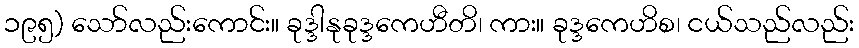
၁၉၅) သော်လည်းကောင်း။ ခုဒ္ဒါနုခုဒ္ဒကေဟီတိ၊ ကား။ ခုဒ္ဒကေဟိစ၊ ငယ်သည်လည်း